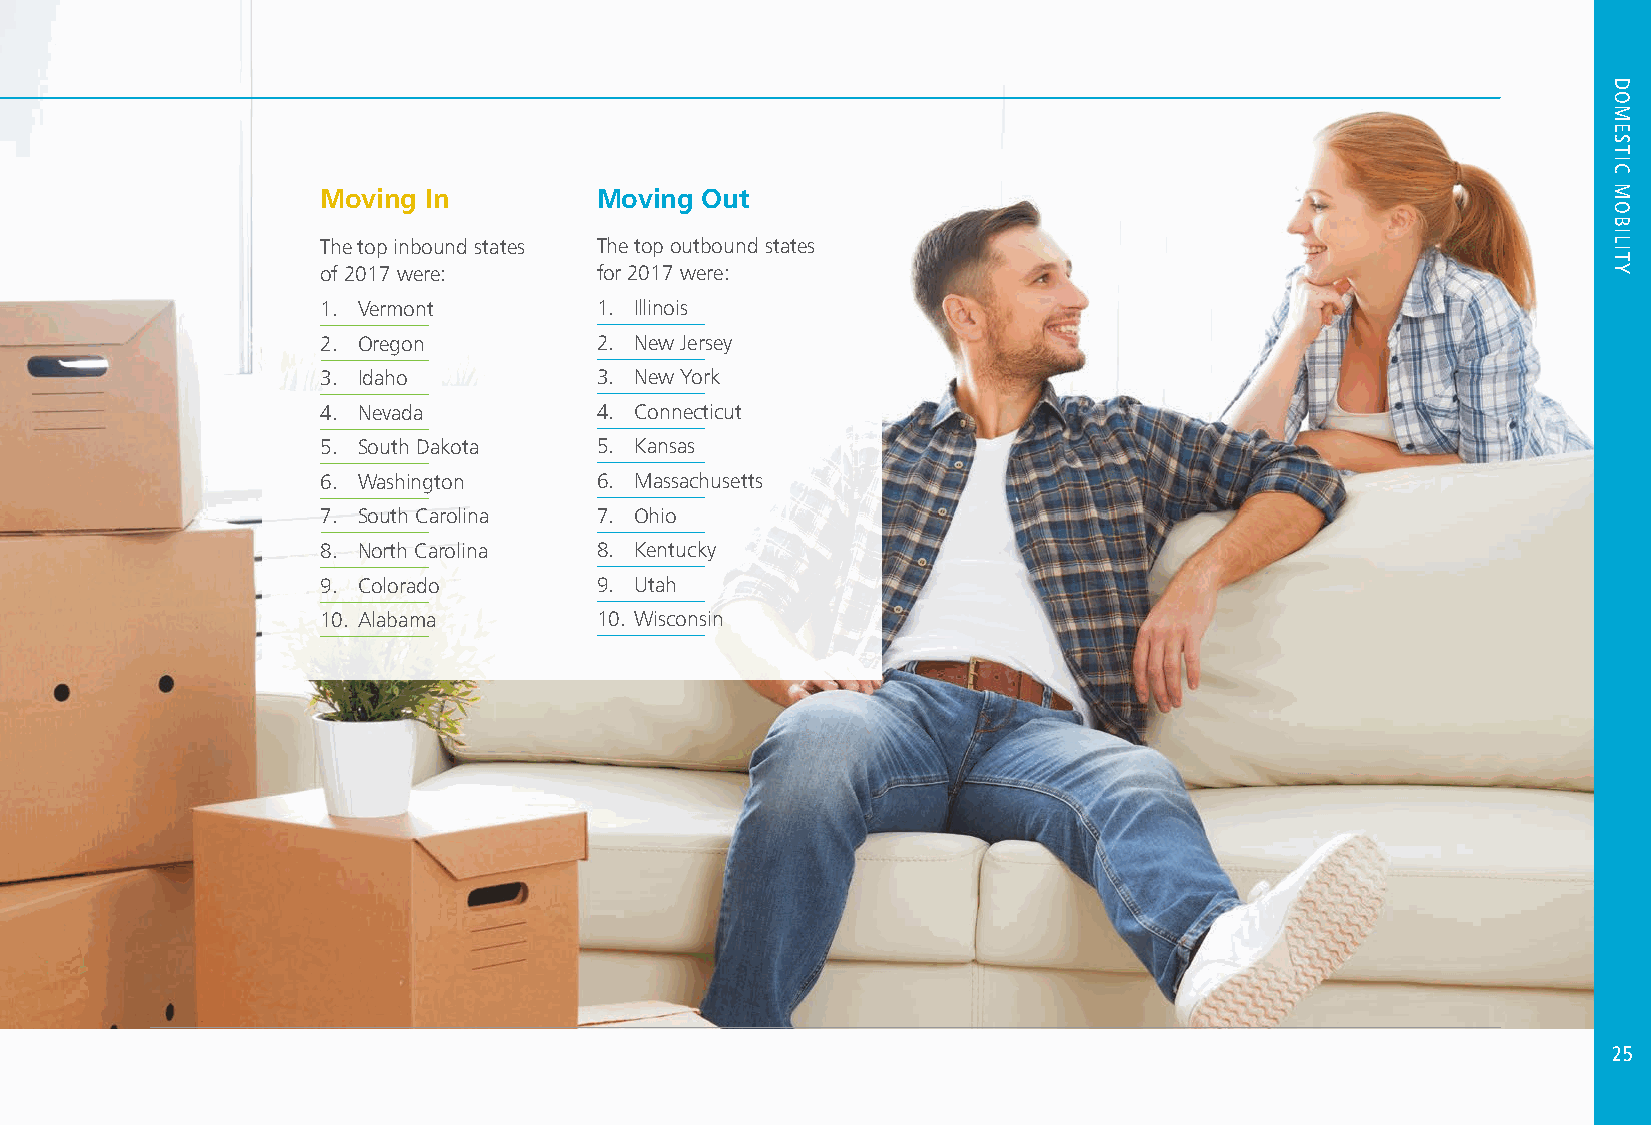
Moving In         Moving Out
 The top inbound states The top outbound states
 of 2017 were:     for 2017 were:
 1. Vermont        1. Illinois
 2. Oregon         2. New Jersey
 3. Idaho          3. New York
 4. Nevada         4. Connecticut
 5. South Dakota   5. Kansas
 6. Washington     6. Massachusetts
 7. South Carolina 7. Ohio
 8. North Carolina 8. Kentucky
 9. Colorado       9. Utah
 10. Alabama       10. Wisconsin
 25
 HDRO
 MHEOSTT
 TICO
 PMICOSB
 ILITY